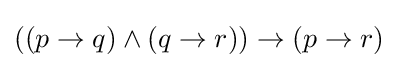
((p\rightarrow q)\wedge (q\rightarrow r))\rightarrow (p\rightarrow r)